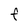
Character: f